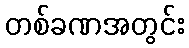
တစ်ခဏအတွင်း